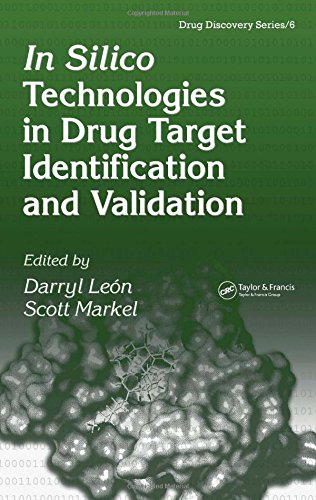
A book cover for In Silico Technologies in Drug Target Identification and Validation (Drug Discovery Series); Medical Books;